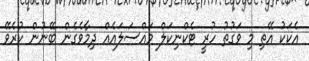
އެކަކު އޭތި މި ވަގުތު ހުރީ ޓެކްނިކަލް މައްސަލައެއް ދިމާވެގެން ބޭނުން ކުރެވޭ